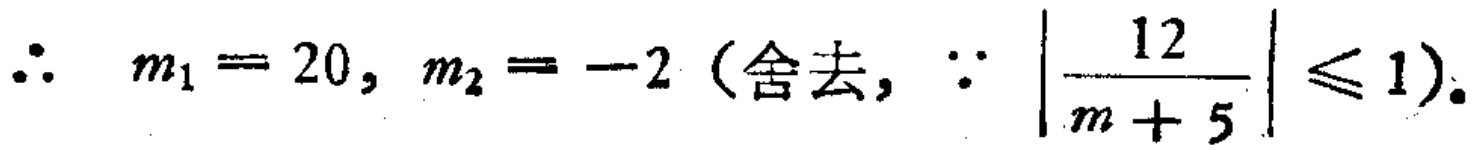
\(\therefore\ m_{1}=20,\ m_{2}=-2\ (\text{舍去},\ \because\ \left|\frac{12}{m + 5}\right|\leqslant1)\).